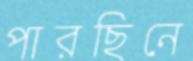
পারছিনে